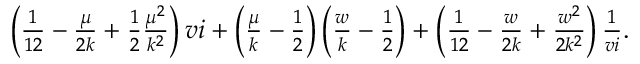
\begin{array} { r } { \left( \frac { 1 } { 1 2 } - \frac { \mu } { 2 k } + \frac { 1 } { 2 } \frac { \mu ^ { 2 } } { k ^ { 2 } } \right) v i + \left( \frac { \mu } { k } - \frac { 1 } { 2 } \right) \left( \frac { w } { k } - \frac { 1 } { 2 } \right) + \left( \frac { 1 } { 1 2 } - \frac { w } { 2 k } + \frac { w ^ { 2 } } { 2 k ^ { 2 } } \right) \frac { 1 } { v i } . } \end{array}